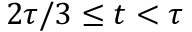
2 \tau / 3 \le t < \tau